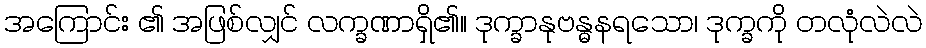
အကြောင်း ၏ အဖြစ်လျှင် လက္ခဏာရှိ၏။ ဒုက္ခာနုဗန္ဓနရသော၊ ဒုက္ခကို တလုံလဲလဲ